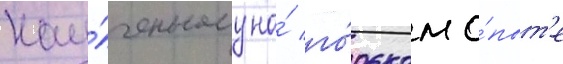
нау́ченному на́ го́рьком о́пыт'е